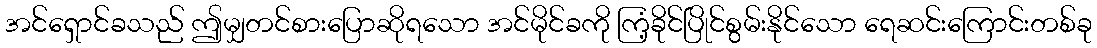
အင်ရှောင်ခသည် ဤမျှတင်စားပြောဆိုရသော အင်မိုင်ခကို ကြံ့ခိုင်ပြိုင်စွမ်းနိုင်သော ရေဆင်းကြောင်းတစ်ခု